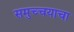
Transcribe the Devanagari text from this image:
समुच्चयाचा